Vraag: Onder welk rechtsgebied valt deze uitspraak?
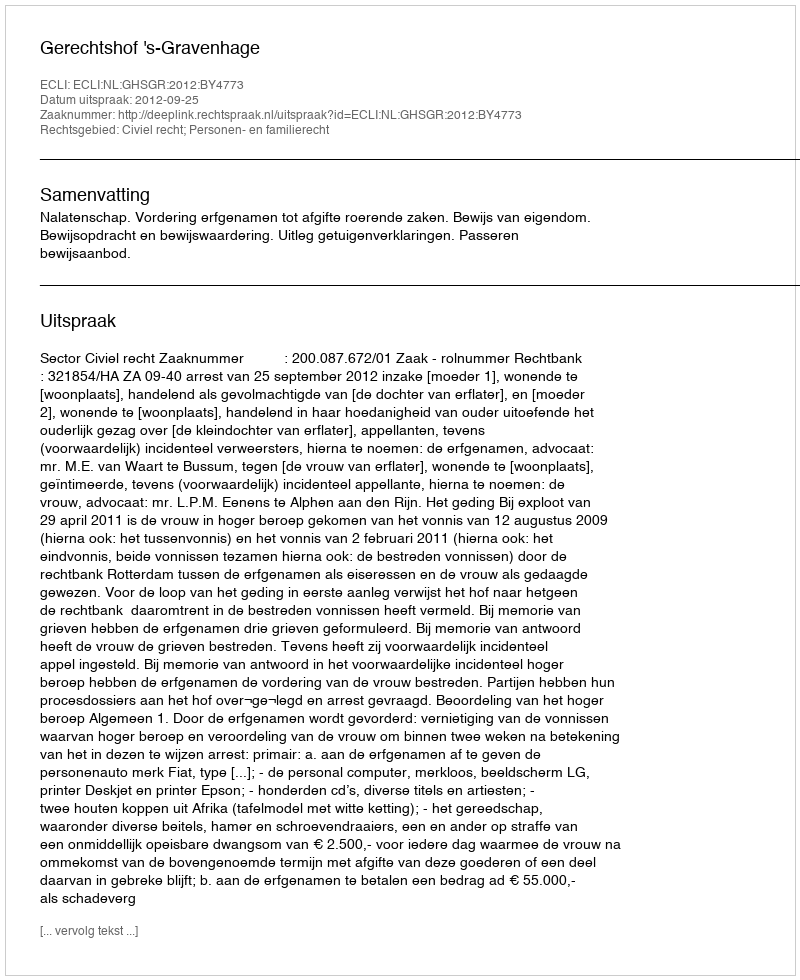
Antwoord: Civiel recht; Personen- en familierecht